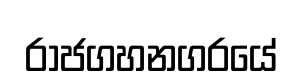
රාජගහනගරයේ